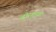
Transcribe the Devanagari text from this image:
बोरगुइवा